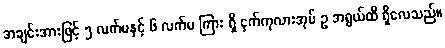
အချင်းအားဖြင့် ၅ လက်မနှင့် ၆ လက်မ ကြား ရှိ ငှက်ကုလားအုပ် ဥ အရွယ်ထိ ရှိလေသည်။